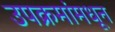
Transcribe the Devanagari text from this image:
उपक्रमांमधून